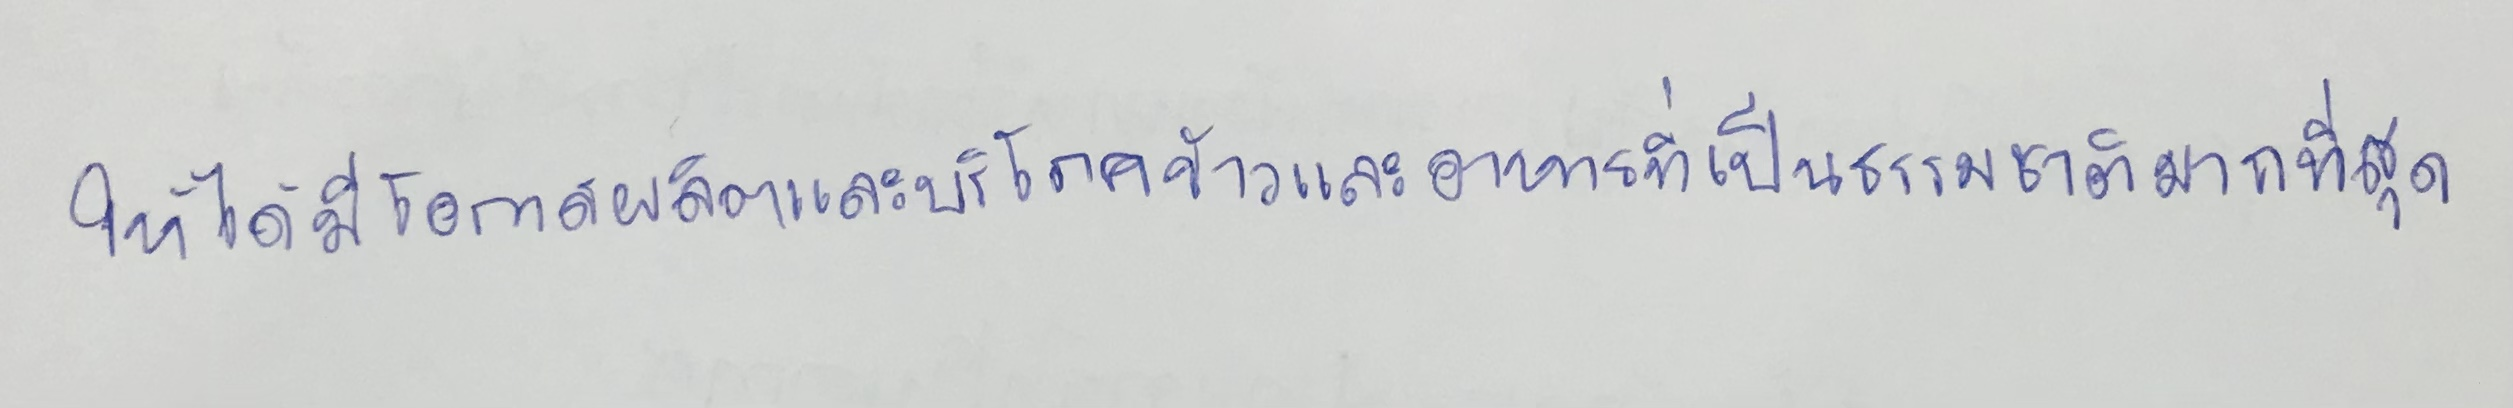
ให้ได้มีโอกาสผลิตและบริโภคข้าวและอาหารที่เป็นธรรมชาติมากที่สุด